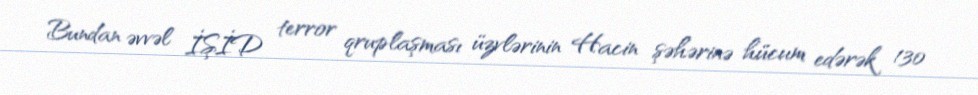
Bundan əvvəl İŞİD terror qruplaşması üzvlərinin Hacin şəhərinə hücum edərək 130